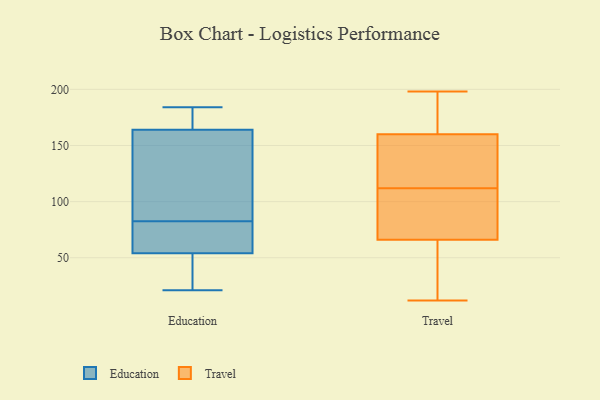
{"axis": {"x": "Website Visitors", "y": "Value"}, "legend": ["Education", "Travel"], "data": [{"x": "", "y": 171, "type": "Education"}, {"x": "", "y": 39, "type": "Education"}, {"x": "", "y": 184, "type": "Education"}, {"x": "", "y": 21, "type": "Education"}, {"x": "", "y": 78, "type": "Education"}, {"x": "", "y": 157, "type": "Education"}, {"x": "", "y": 87, "type": "Education"}, {"x": "", "y": 69, "type": "Education"}, {"x": "", "y": 120, "type": "Education"}, {"x": "", "y": 72, "type": "Education"}, {"x": "", "y": 27, "type": "Education"}, {"x": "", "y": 174, "type": "Education"}, {"x": "", "y": 66, "type": "Travel"}, {"x": "", "y": 126, "type": "Travel"}, {"x": "", "y": 162, "type": "Travel"}, {"x": "", "y": 160, "type": "Travel"}, {"x": "", "y": 12, "type": "Travel"}, {"x": "", "y": 160, "type": "Travel"}, {"x": "", "y": 66, "type": "Travel"}, {"x": "", "y": 50, "type": "Travel"}, {"x": "", "y": 112, "type": "Travel"}, {"x": "", "y": 124, "type": "Travel"}, {"x": "", "y": 198, "type": "Travel"}, {"x": "", "y": 106, "type": "Travel"}, {"x": "", "y": 109, "type": "Travel"}, {"x": "", "y": 43, "type": "Travel"}, {"x": "", "y": 198, "type": "Travel"}]}